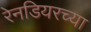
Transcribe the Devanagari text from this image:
रेनडियरच्या